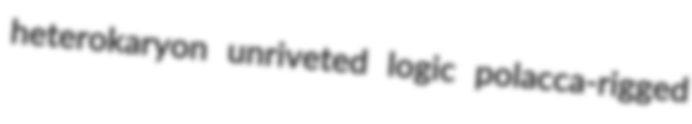
heterokaryon unriveted logic polacca-rigged